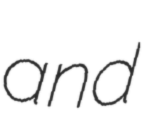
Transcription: and